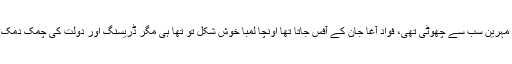
حنان وسیم اس کے بعد تھے اور سدرہ مہرین سب سے چھوٹی تھی، فواد آغا جان کے آفس جاتا تھا اونچا لمبا خوش شکل تو تھا ہی مگر ڈریسنگ اور دولت کی چمک دمک سے مزید پرکشش اور ہینڈسم لگتا تھا۔